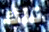
تلك